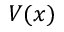
V ( x )